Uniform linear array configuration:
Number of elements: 48
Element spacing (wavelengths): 0.75
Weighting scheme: blackman
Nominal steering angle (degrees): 15
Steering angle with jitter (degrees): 16.982
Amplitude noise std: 0.05
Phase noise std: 0.05

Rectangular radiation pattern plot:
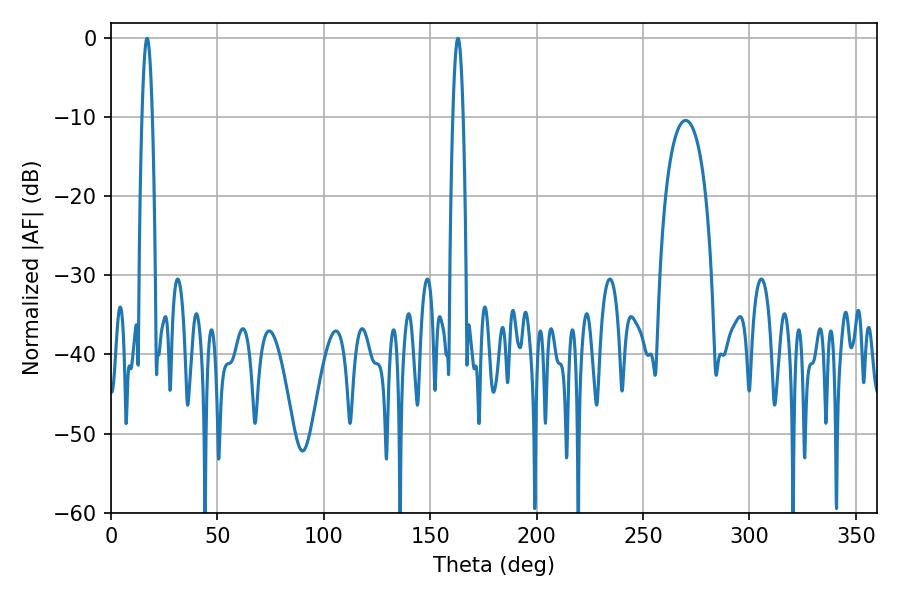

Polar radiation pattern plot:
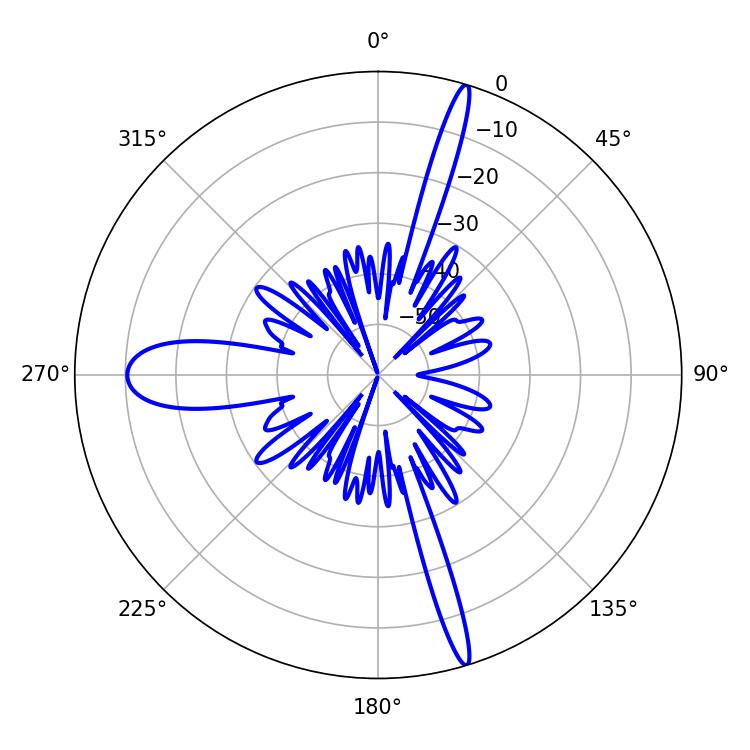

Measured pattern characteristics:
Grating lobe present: TRUE
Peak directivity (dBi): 22.608
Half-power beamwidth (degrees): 2.52
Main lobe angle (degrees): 16.92